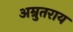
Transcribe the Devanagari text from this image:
अम्रुतराय